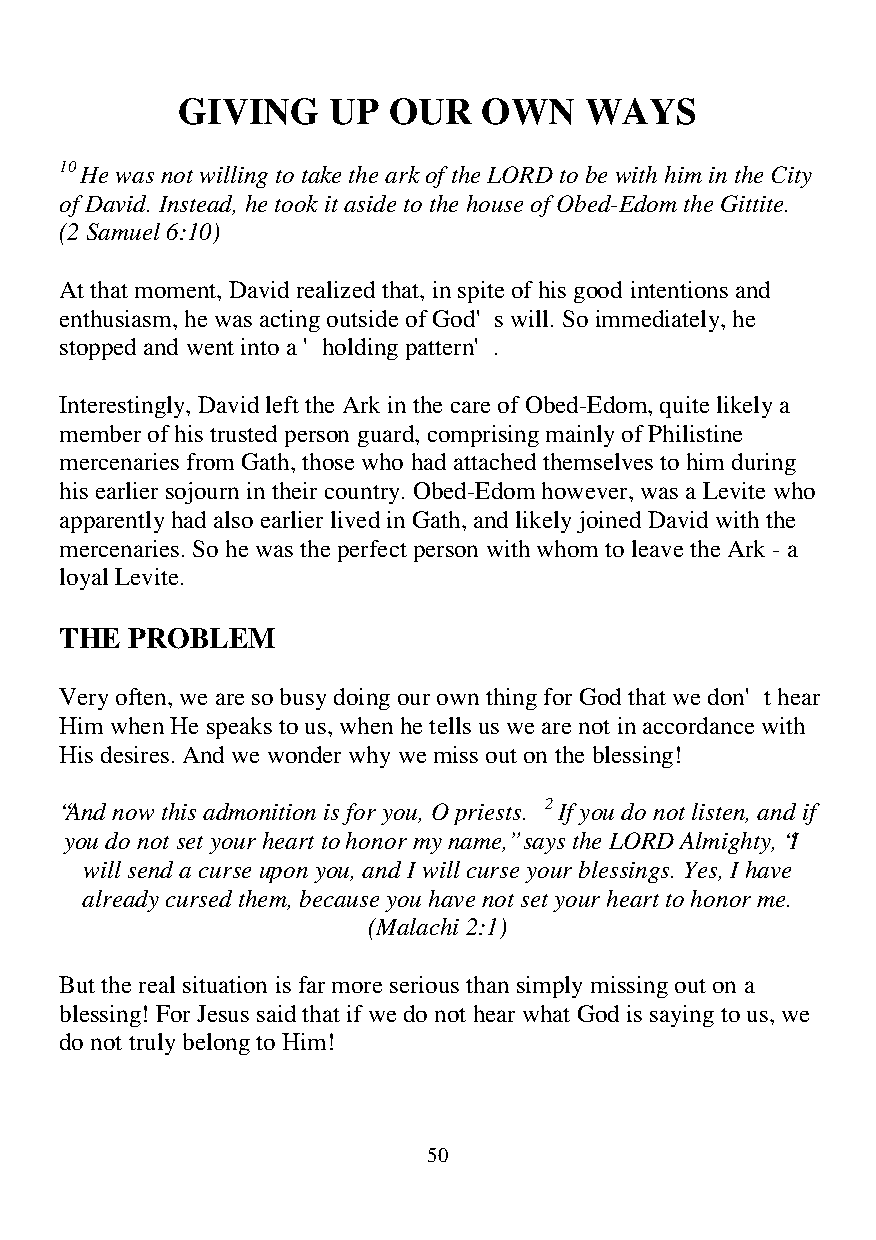
GIVING    UP  OUR   OWN    WAYS
 10 He was not willing to take the ark of the LORD to be with him in the City
 of David. Instead, he took it aside to the house of Obed-Edom the Gittite.
 (2 Samuel 6:10)
 At that moment, David realized that, in spite of his good intentions and
 enthusiasm, he was acting outside of God's will. So immediately, he
 stopped and went into a 'holding pattern'.
 Interestingly, David left the Ark in the care of Obed-Edom, quite likely a
 member of his trusted person guard, comprising mainly of Philistine
 mercenaries from Gath, those who had attached themselves to him during
 his earlier sojourn in their country. Obed-Edom however, was a Levite who
 apparently had also earlier lived in Gath, and likely joined David with the
 mercenaries. So he was the perfect person with whom to leave the Ark - a
 loyal Levite.
 THE PROBLEM
 Very often, we are so busy doing our own thing for God that we don't hear
 Him when He speaks to us, when he tells us we are not in accordance with
 His desires. And we wonder why we miss out on the blessing!
 “And now this admonition is for you, O priests. 2 If you do not listen, and if
 you do not set your heart to honor my name,” says the LORD Almighty, “I
 will send a curse upon you, and I will curse your blessings. Yes, I have
 already cursed them, because you have not set your heart to honor me.
 (Malachi 2:1)
 But the real situation is far more serious than simply missing out on a
 blessing! For Jesus said that if we do not hear what God is saying to us, we
 do not truly belong to Him!
 50